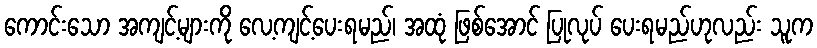
ကောင်းသော အကျင့်များကို လေ့ကျင့်ပေးရမည်၊ အထုံ ဖြစ်အောင် ပြုလုပ် ပေးရမည်ဟုလည်း သူက